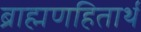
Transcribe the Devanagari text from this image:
ब्राह्मणहितार्थ